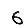
Digit: 6